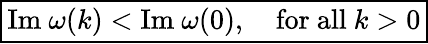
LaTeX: \boxed{\mathrm{Im}\ \omega(k)<\mathrm{Im}\ \omega(0),\quad\mathrm{for\ all\ }k>0}